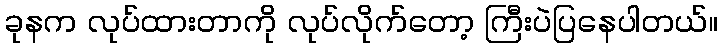
ခုနက လုပ်ထားတာကို လုပ်လိုက်တော့ ကြီးပဲပြနေပါတယ်။